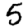
Digit: 5